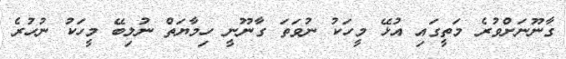
ގާނޫނަށްވުރެ މަތީގައި އުޅޭ މީހަކު ނުވަތަ ގާނޫނީ ހިމާޔަތް ނުލިބޭ މީހަކު ނުހުރެ